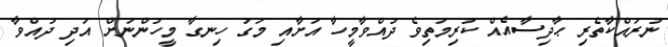
ނުރައްކާތެރި ޙާދިސާއެއް ކުރިމަތިވެ ދުއްވާމީހާ އަށާއި މަގު ހިނގާ މީހުންނަށް އަދި ދުއްވާ